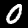
Label: 0